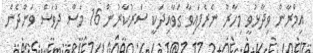
އިމްރާން ވިދާޅުވީ މިހާރު ނެރެފައިވާ ގަވާއިދަކީ ސަރުކާރުން 16 މަސް ދުވަސް ވަންދެން